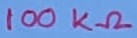
Text: 100KΩ